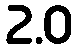
2.0